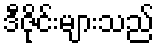
ဒီဇိုင်းများသည်